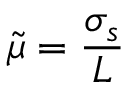
\tilde { \mu } = \frac { \sigma _ { s } } { L }